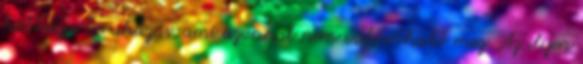
költséges beruházás, ami azonnal nem valósítható meg. Az ilyen